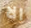
الا